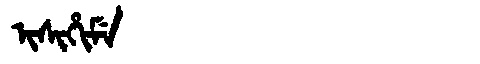
Manchu: ᡳᠰᡳᡥᡳᠮᡝ
Romanization: ISIHIME